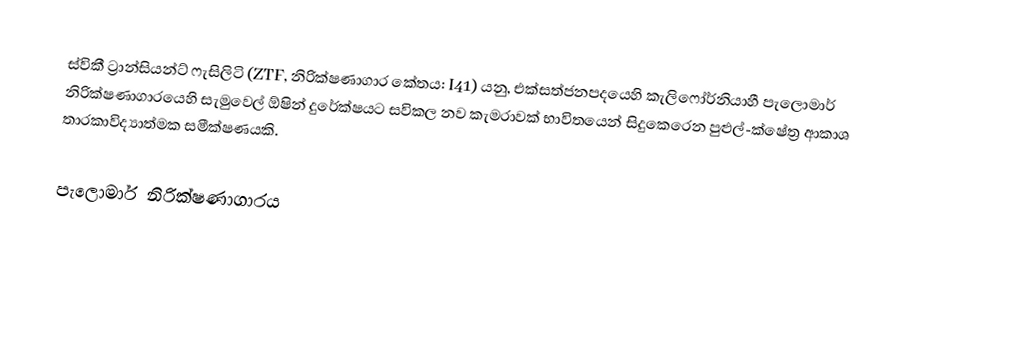
ස්විකී ට්‍රාන්සියන්ට් ෆැසිලිටි (ZTF, නිරික්ෂණාගාර කේතය: I41) යනු,  එක්සත්ජනපදයෙහි කැලිෆෝර්නියාහී පැලොමාර් නිරික්ෂණාගාරයෙහි සැමුවෙල් ඕෂින් දුරේක්ෂයට සවිකල නව කැමරාවක් භාවිතයෙන් සිදුකෙරෙන පුළුල්-ක්ෂේත්‍ර ආකාශ තාරකාවිද්‍යාත්මක සමීක්ෂණයකි.

පැලොමාර් නිරික්ෂණාගාරය